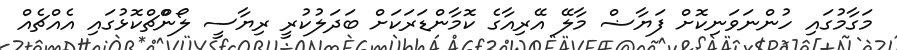
މަގާމުގައި ހުންނަވަނިކޮށް ފަޔާޟް މާލޭ އޭރިއާގެ ކޮމާންޑަރަކަށް ބަދަލުކުރީ ރިޔާސީ ލޯންްޗްކޮޅުގައި އެއްޗެއް